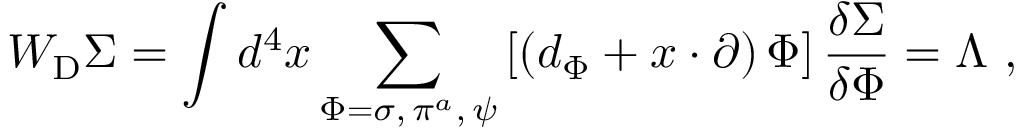
W _ { \mathrm { D } } \Sigma = \int d ^ { 4 } x \sum _ { { \Phi = \sigma , \, \pi ^ { a } , \, \psi } } \left[ \left( d _ { \Phi } + x \cdot \partial \right) \Phi \right] \frac { \delta \Sigma } { \delta \Phi } = \Lambda \, \, ,